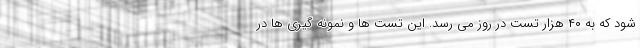
شود که به ۴۰ هزار تست در روز می رسد. این تست ها و نمونه گیری ها در